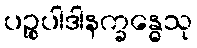
ပဉ္စုပါဒါနက္ခန္ဓေသု